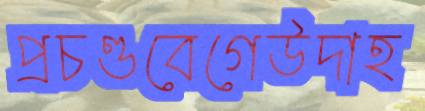
প্রচণ্ডবেগেউদাহ